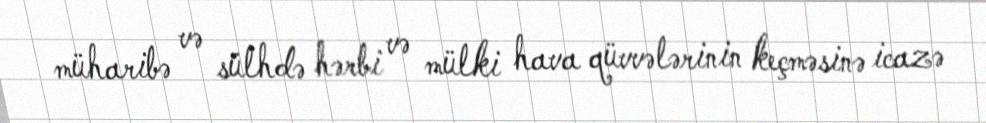
müharibə və sülhdə hərbi və mülki hava qüvvələrinin keçməsinə icazə